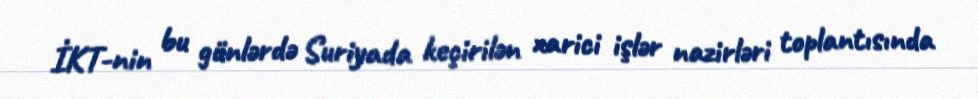
İKT-nin bu günlərdə Suriyada keçirilən xarici işlər nazirləri toplantısında